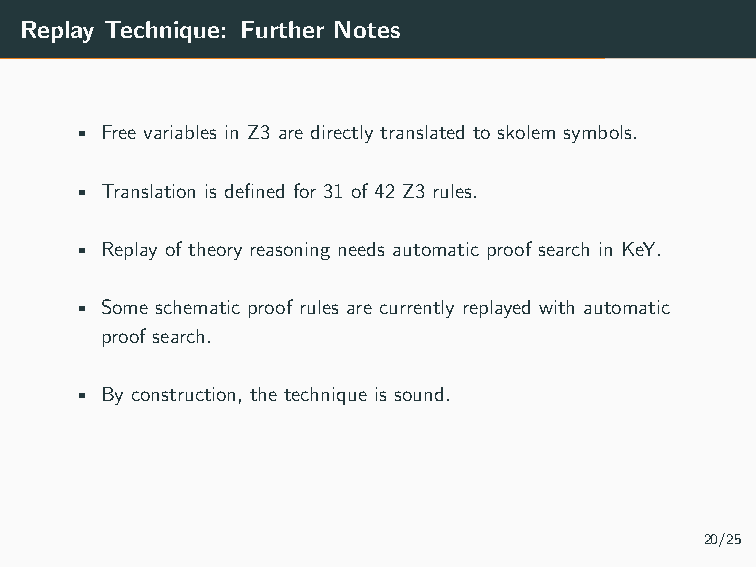
• The technique is total (under assumptions).
 Replay Technique: Further Notes
 • Free variables in Z3 are directly translated to skolem symbols.
 • Translation is defined for 31 of 42 Z3 rules.
 • Replay of theory reasoning needs automatic proof search in KeY.
 • Some schematic proof rules are currently replayed with automatic
 proof search.
 • By construction, the technique is sound.
 20/25